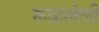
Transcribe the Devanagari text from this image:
रूळलेली